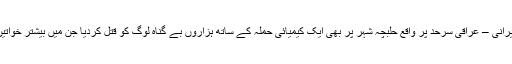
عراقی فوج نے ایرانی – عراقی سرحد پر واقع حلبچہ شہر پر بھی ایک کیمیائی حملہ کے ساتھ ہزاروں بے گناہ لوگ کو قتل کردیا جن میں بیشتر خواتین اور بچے تھے۔